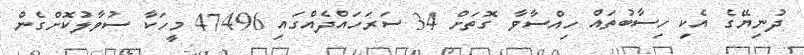
ދުނިޔޭގެ އެކި ހިސާބުތައް ހިއްސާވާ ގޮތަށް 34 ސަރަހައްދެއްގައި 47496 މީހަކާ ސުވާލުކޮށްގެން